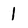
Character: l